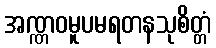
အဏ္ဏဝမူပမရတနသုစိတ္တံ